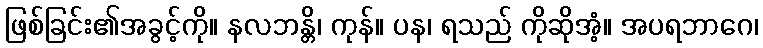
ဖြစ်ခြင်း၏အခွင့်ကို။ နလဘန္တိ၊ ကုန်။ ပန၊ ရသည် ကိုဆိုအံ့။ အပရဘာဂေ၊